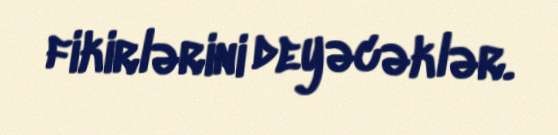
fikirlərini deyəcəklər.